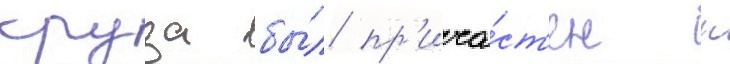
круза бы́л пр'ича́ст'ен к